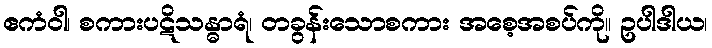
ဧကံဝါ၊ စကားပဋိသန္ဓာရံ၊ တခွန်းသောစကား အစေ့အစပ်ကို။ ဥပါဒါယ၊